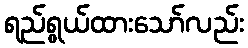
ရည်ရွယ်ထားသော်လည်း